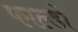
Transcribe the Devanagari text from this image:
फाल्डो